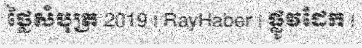
ថ្លៃសំបុត្រ 2019 | RayHaber | ផ្លូវដែក |